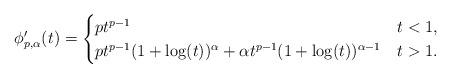
LaTeX: \begin{align*} {\phi}_{p,\alpha}'(t)=\begin{cases}pt^{p-1} & t<1,\\pt^{p-1}(1+\log(t))^{\alpha}+\alpha t^{p-1}(1+\log(t))^{\alpha-1} & t>1.\end{cases}\end{align*}